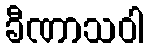
ခီဏာသဝါ